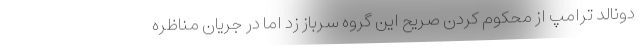
دونالد ترامپ از محکوم کردن صریح این گروه سرباز زد اما در جریان مناظره